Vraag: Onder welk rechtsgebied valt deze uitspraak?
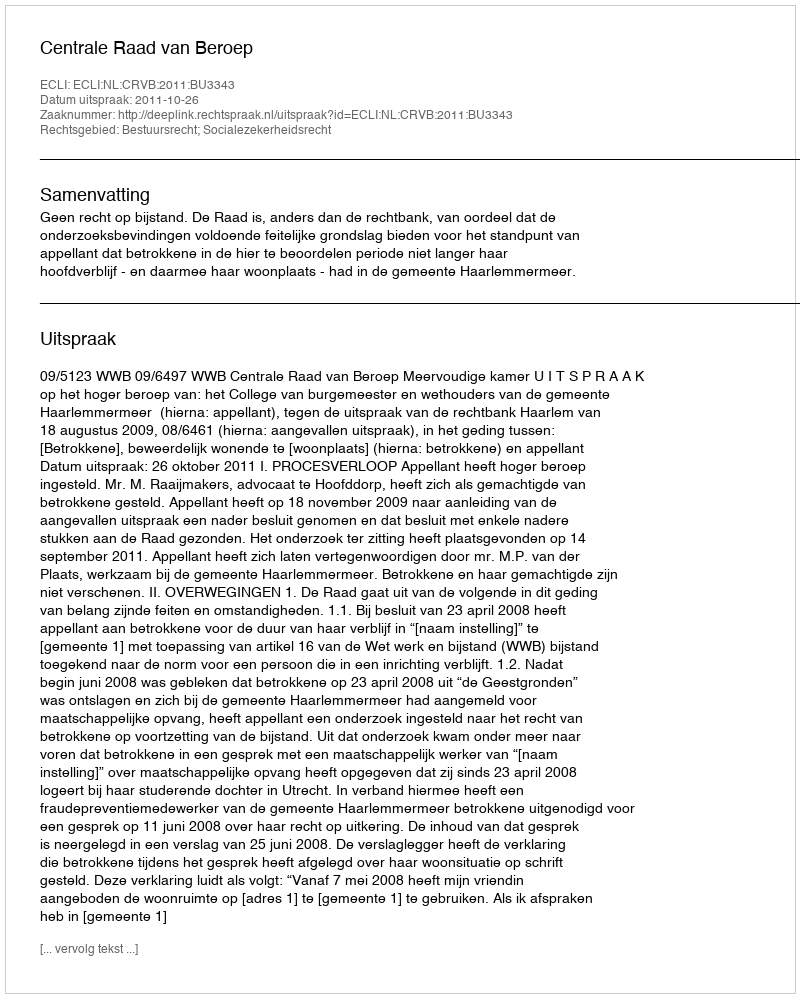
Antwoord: Bestuursrecht; Socialezekerheidsrecht